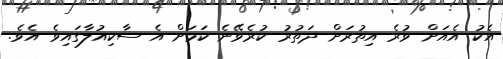
އެކު އެއަށް ވުރެ އިތުރަށް ދަތުރު ކުރެވޭނެ ކަމަށް އެ ސާކިއުލާގައިވެ އެވެ.